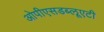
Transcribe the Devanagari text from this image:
ओपीएसडब्लूएटी